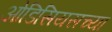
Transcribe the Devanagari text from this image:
ओडिसियसच्या